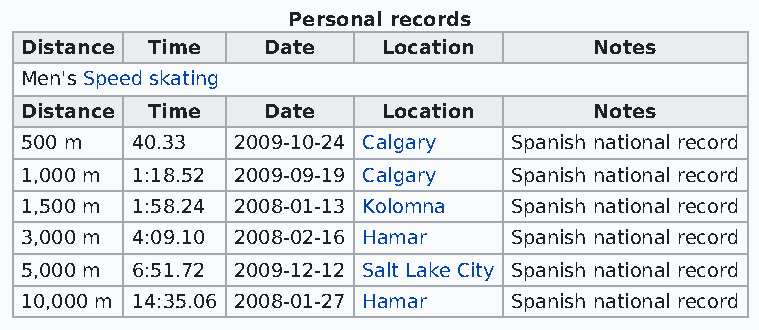
Personal records
 Distance Time   Date    Location      Notes
 Men's Speed skating
 Distance Time   Date    Location      Notes
 500 m   40.33 2009-10-24 Calgary Spanish national record
 1,000 m 1:18.52 2009-09-19 Calgary Spanish national record
 1,500 m 1:58.24 2008-01-13 Kolomna Spanish national record
 3,000 m 4:09.10 2008-02-16 Hamar Spanish national record
 5,000 m 6:51.72 2009-12-12 Salt Lake City Spanish national record
 10,000 m 14:35.06 2008-01-27 Hamar Spanish national record